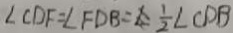
\angle C D F = \angle F D B = \frac { 1 } { 2 } \angle C D B